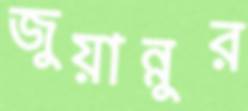
জুয়ান্নুর